Leningradi_Edasi_toimetus, lk 24
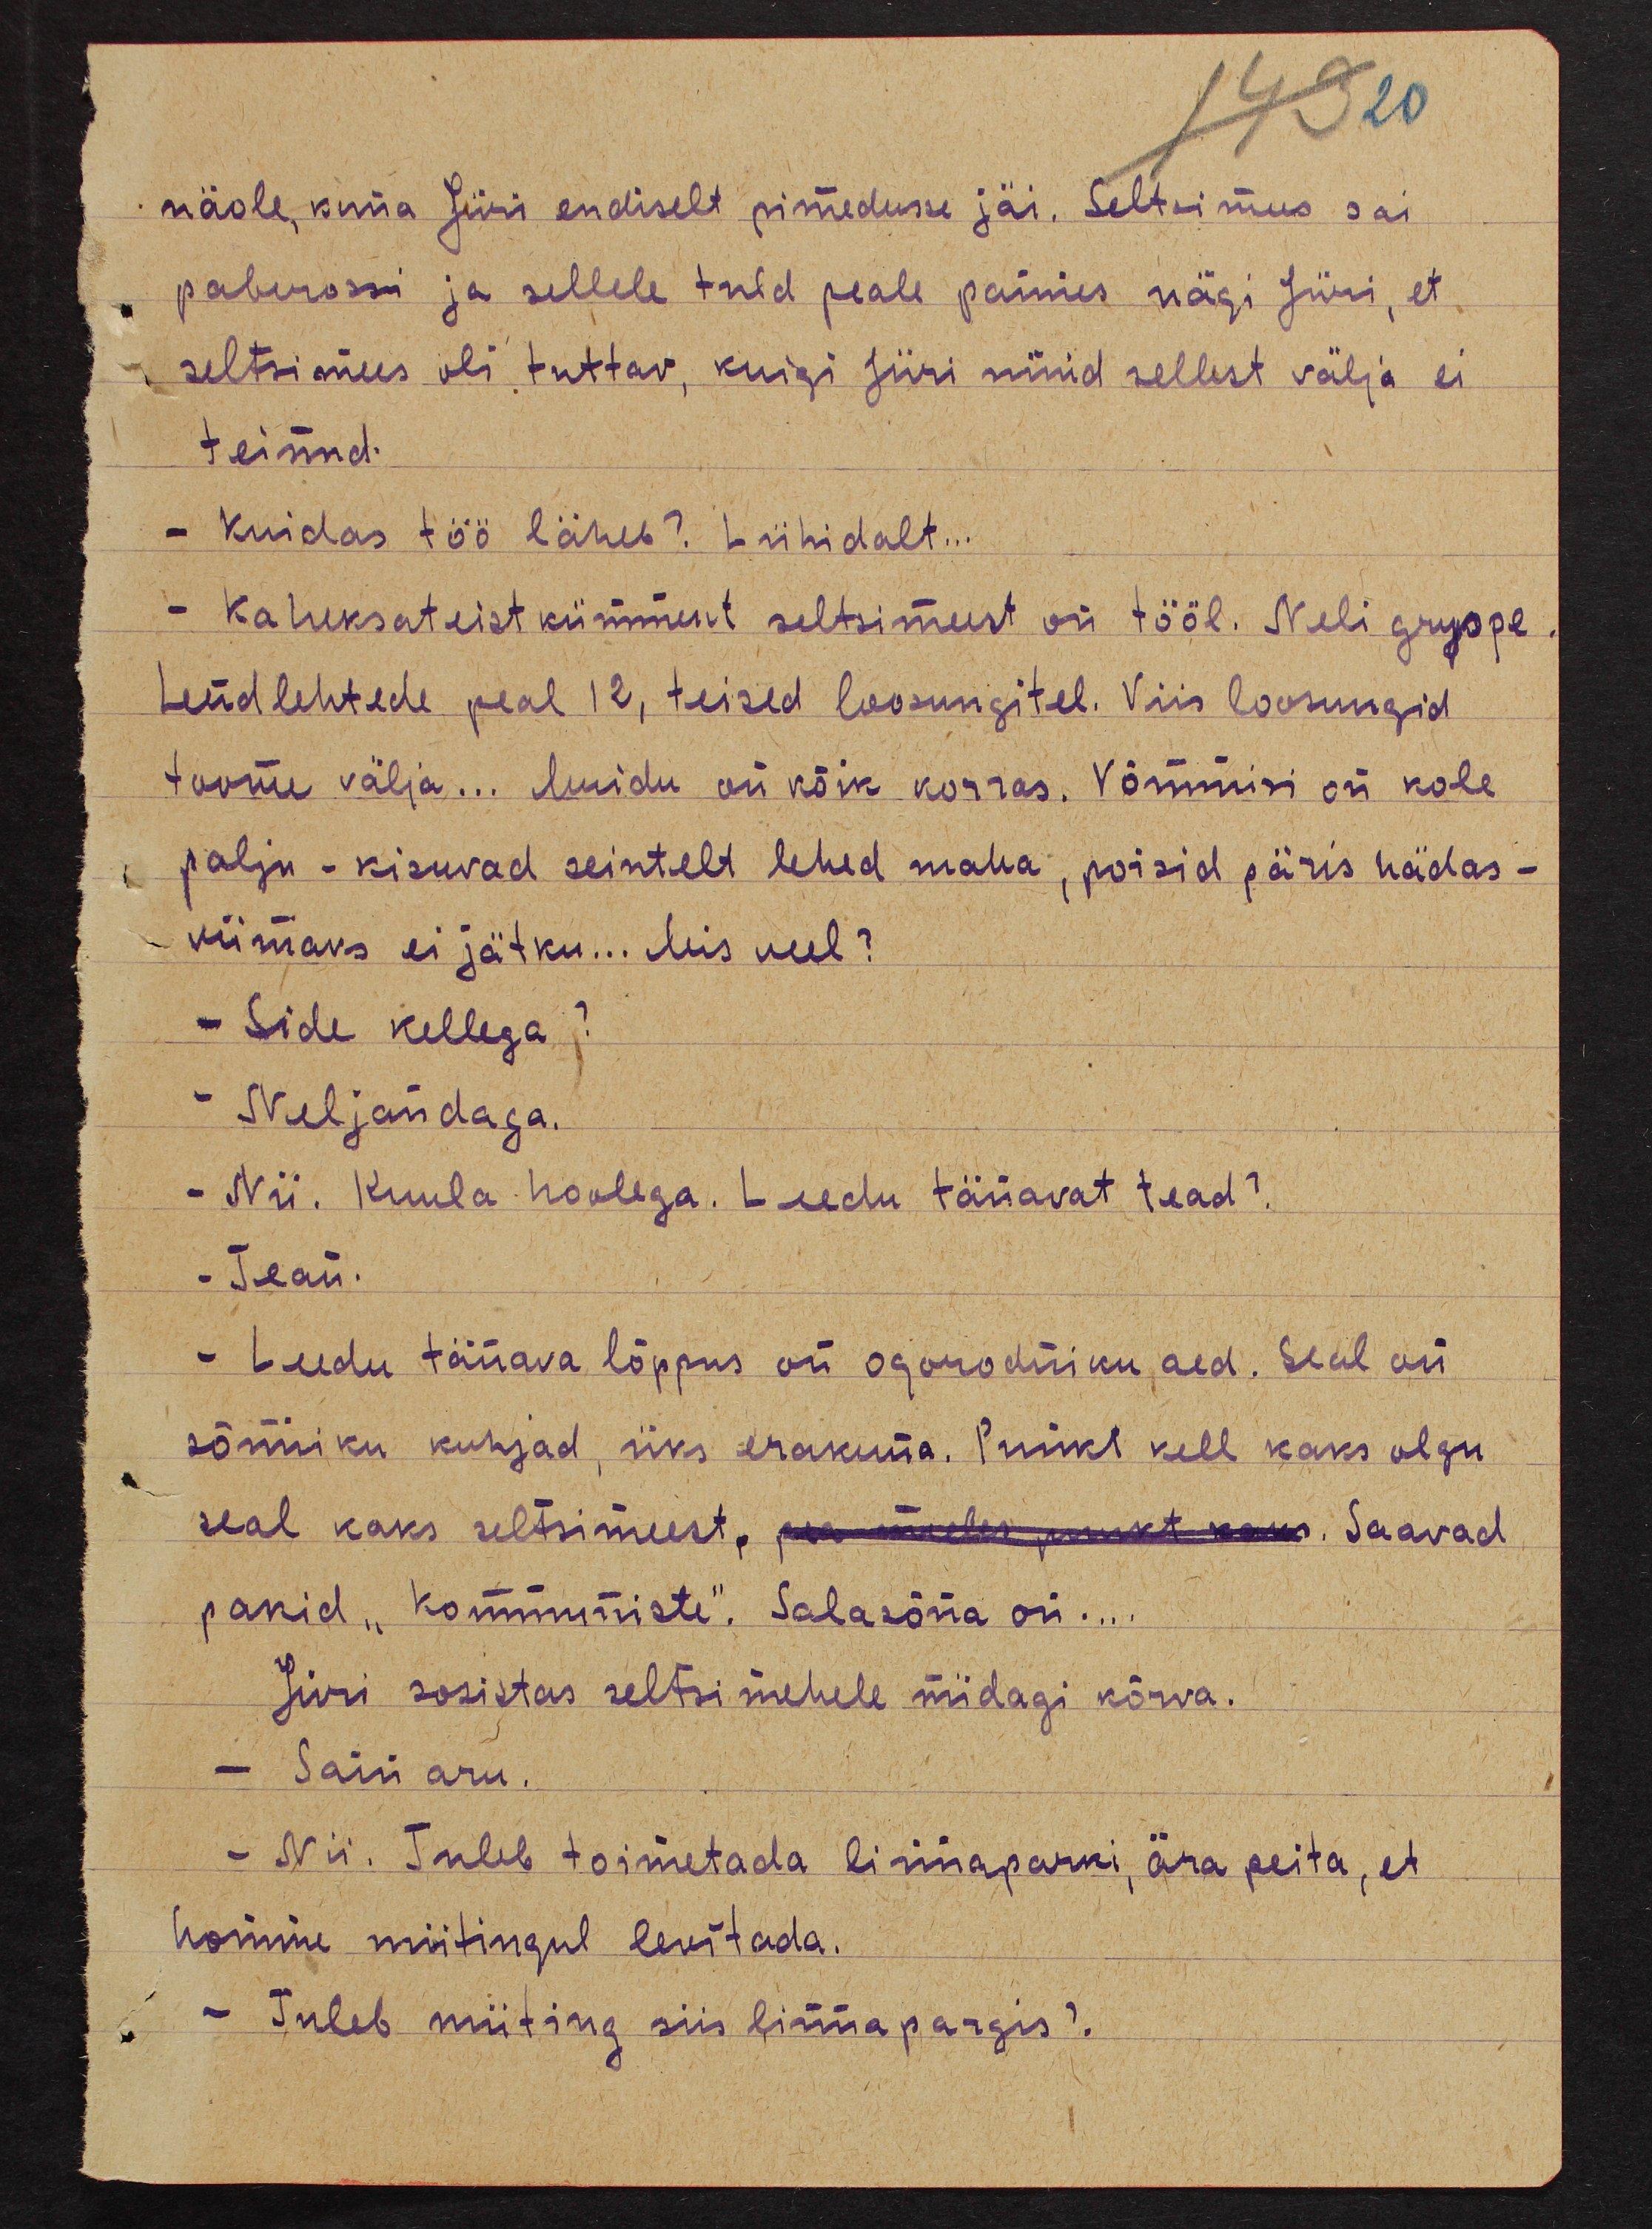
näole, kuna Jüri endiselt pimedusse jäi. Seltsimees sai
paberossi ja sellele tuld peale pannes nägi Jüri, et
seltsimees oli tuttav, kuigi Jüri nüüd sellest välja ei
teinud.
- Kuidas töö läheb? Lühidalt...
- Kaheksateistkümment seltsimeest on tööl. Neli gruppe
Lendlehtede peal 12, teised loosungitel. Viis loosungid
toome välja... Muidu on kõik korras. Võmmisi on kole
palju - kisuvad seintelt lehed maha, poisid päris hädas -
viimaks ei jätku... Mis veel?
- Side kellega?
- Neljandaga.
- Nii. Kuula hoolega. Leedu tänavat tead?
- Tean.
- Leedu tänava lõppus on ogorodniku aed. Seal on
sõnniku kuhjad, üks erakuna. Punkt kell kaks olgu
seal kaks seltsimeest, pea meeles punkt kaks. Saavad
pakid "kommuniste". Salasõna on...
Jüri sosistas seltsimehele midagi kõrva.
- Sain aru.
- Nii. Tuleb toimetada linnaparki, ära peita, et
homme miitingul levitada.
- Tuleb miiting siis linnapargis?